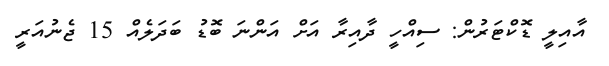
އާއިލީ ޑޮކްޓަރުން: ސިއްހީ ދާއިރާ އަށް އަންނަ ބޮޑު ބަދަލެއް 15 ޖެނުއަރީ